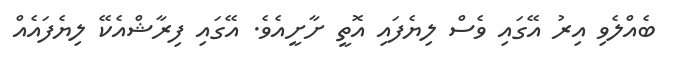
ބެއްލެވި އިރު އޭގައި ވެސް ލިޔެފައި އޮތީ ށާށީއެވެ. އޭގައި ފިރާޝްއެކޭ ލިޔެފައެއް